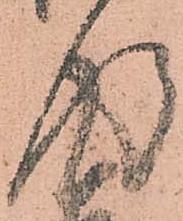
後